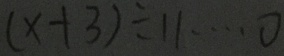
( x + 3 ) \div 1 1 \cdots 0